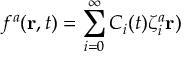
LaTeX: f ^ { a } ( { \bf r } , t ) = \sum _ { i = 0 } ^ { \infty } C _ { i } ( t ) \zeta _ { i } ^ { a } { \bf r } )